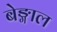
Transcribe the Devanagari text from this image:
बेङ्गाल